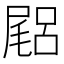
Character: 𡳎